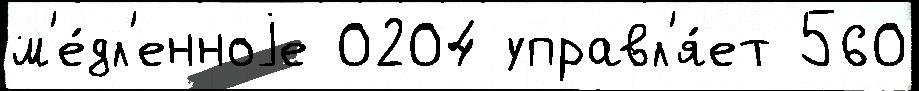
м'е́дл'енноjе 0204 управл'я́ет 560